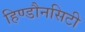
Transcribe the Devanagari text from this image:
हिण्डौनसिटी